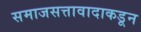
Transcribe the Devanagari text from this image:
समाजसत्तावादाकडून